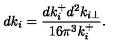
d k _ { i } = { \frac { d k _ { i } ^ { + } d ^ { 2 } k _ { i \perp } } { 1 6 \pi ^ { 3 } k _ { i } ^ { + } } } .